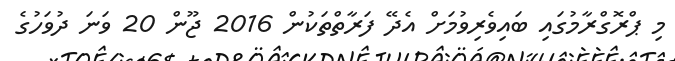
މި ޕްރޮގްރާމުގައި ބައިވެރިވުމަށް އެދޭ ފަރާތްތަކުން 2016 ޖޫން 20 ވަނަ ދުވަހުގެ